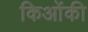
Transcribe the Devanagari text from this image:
किओंकी